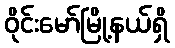
ဝိုင်းမော်မြို့နယ်ရှိ